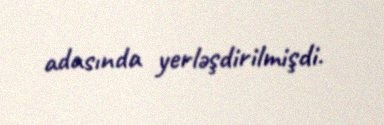
adasında yerləşdirilmişdi.